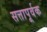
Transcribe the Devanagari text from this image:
सत्तापूर्वक